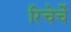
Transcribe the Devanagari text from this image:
रिचेर्चे